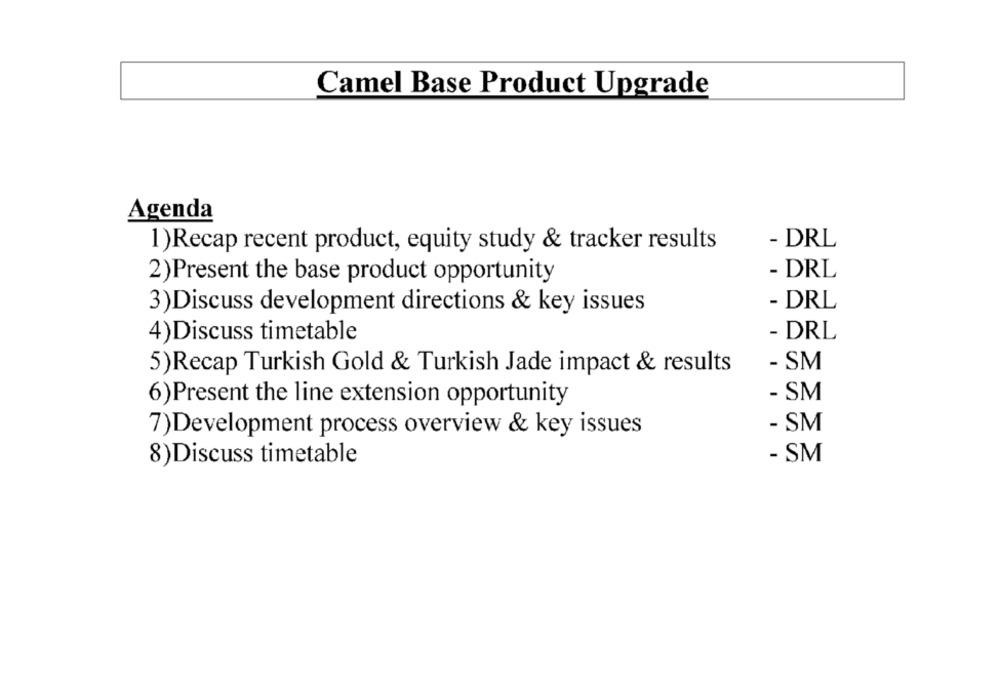
Camel Base Product Upgrade
Agenda
1)Recap recent product, equity study & tracker results
- DRL
- DRL
2)Present the base product opportunity
- DRL
3)Discuss development directions & key issues
4)Discuss timetable
- DRL
- SM
5)Recap Turkish Gold & Turkish Jade impact & results
6)Present the line extension opportunity
- SM
- SM
7)Development process overview & key issues
8)Discuss timetable
- SM